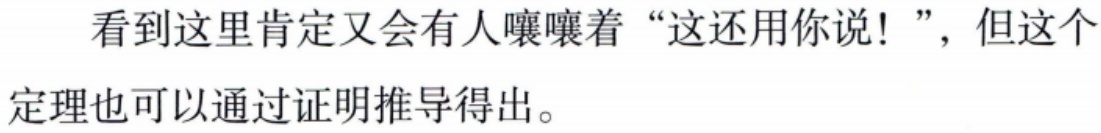
看到这里肯定又会有人嚷嚷着“这还用你说！”，但这个定理也可以通过证明推导得出。